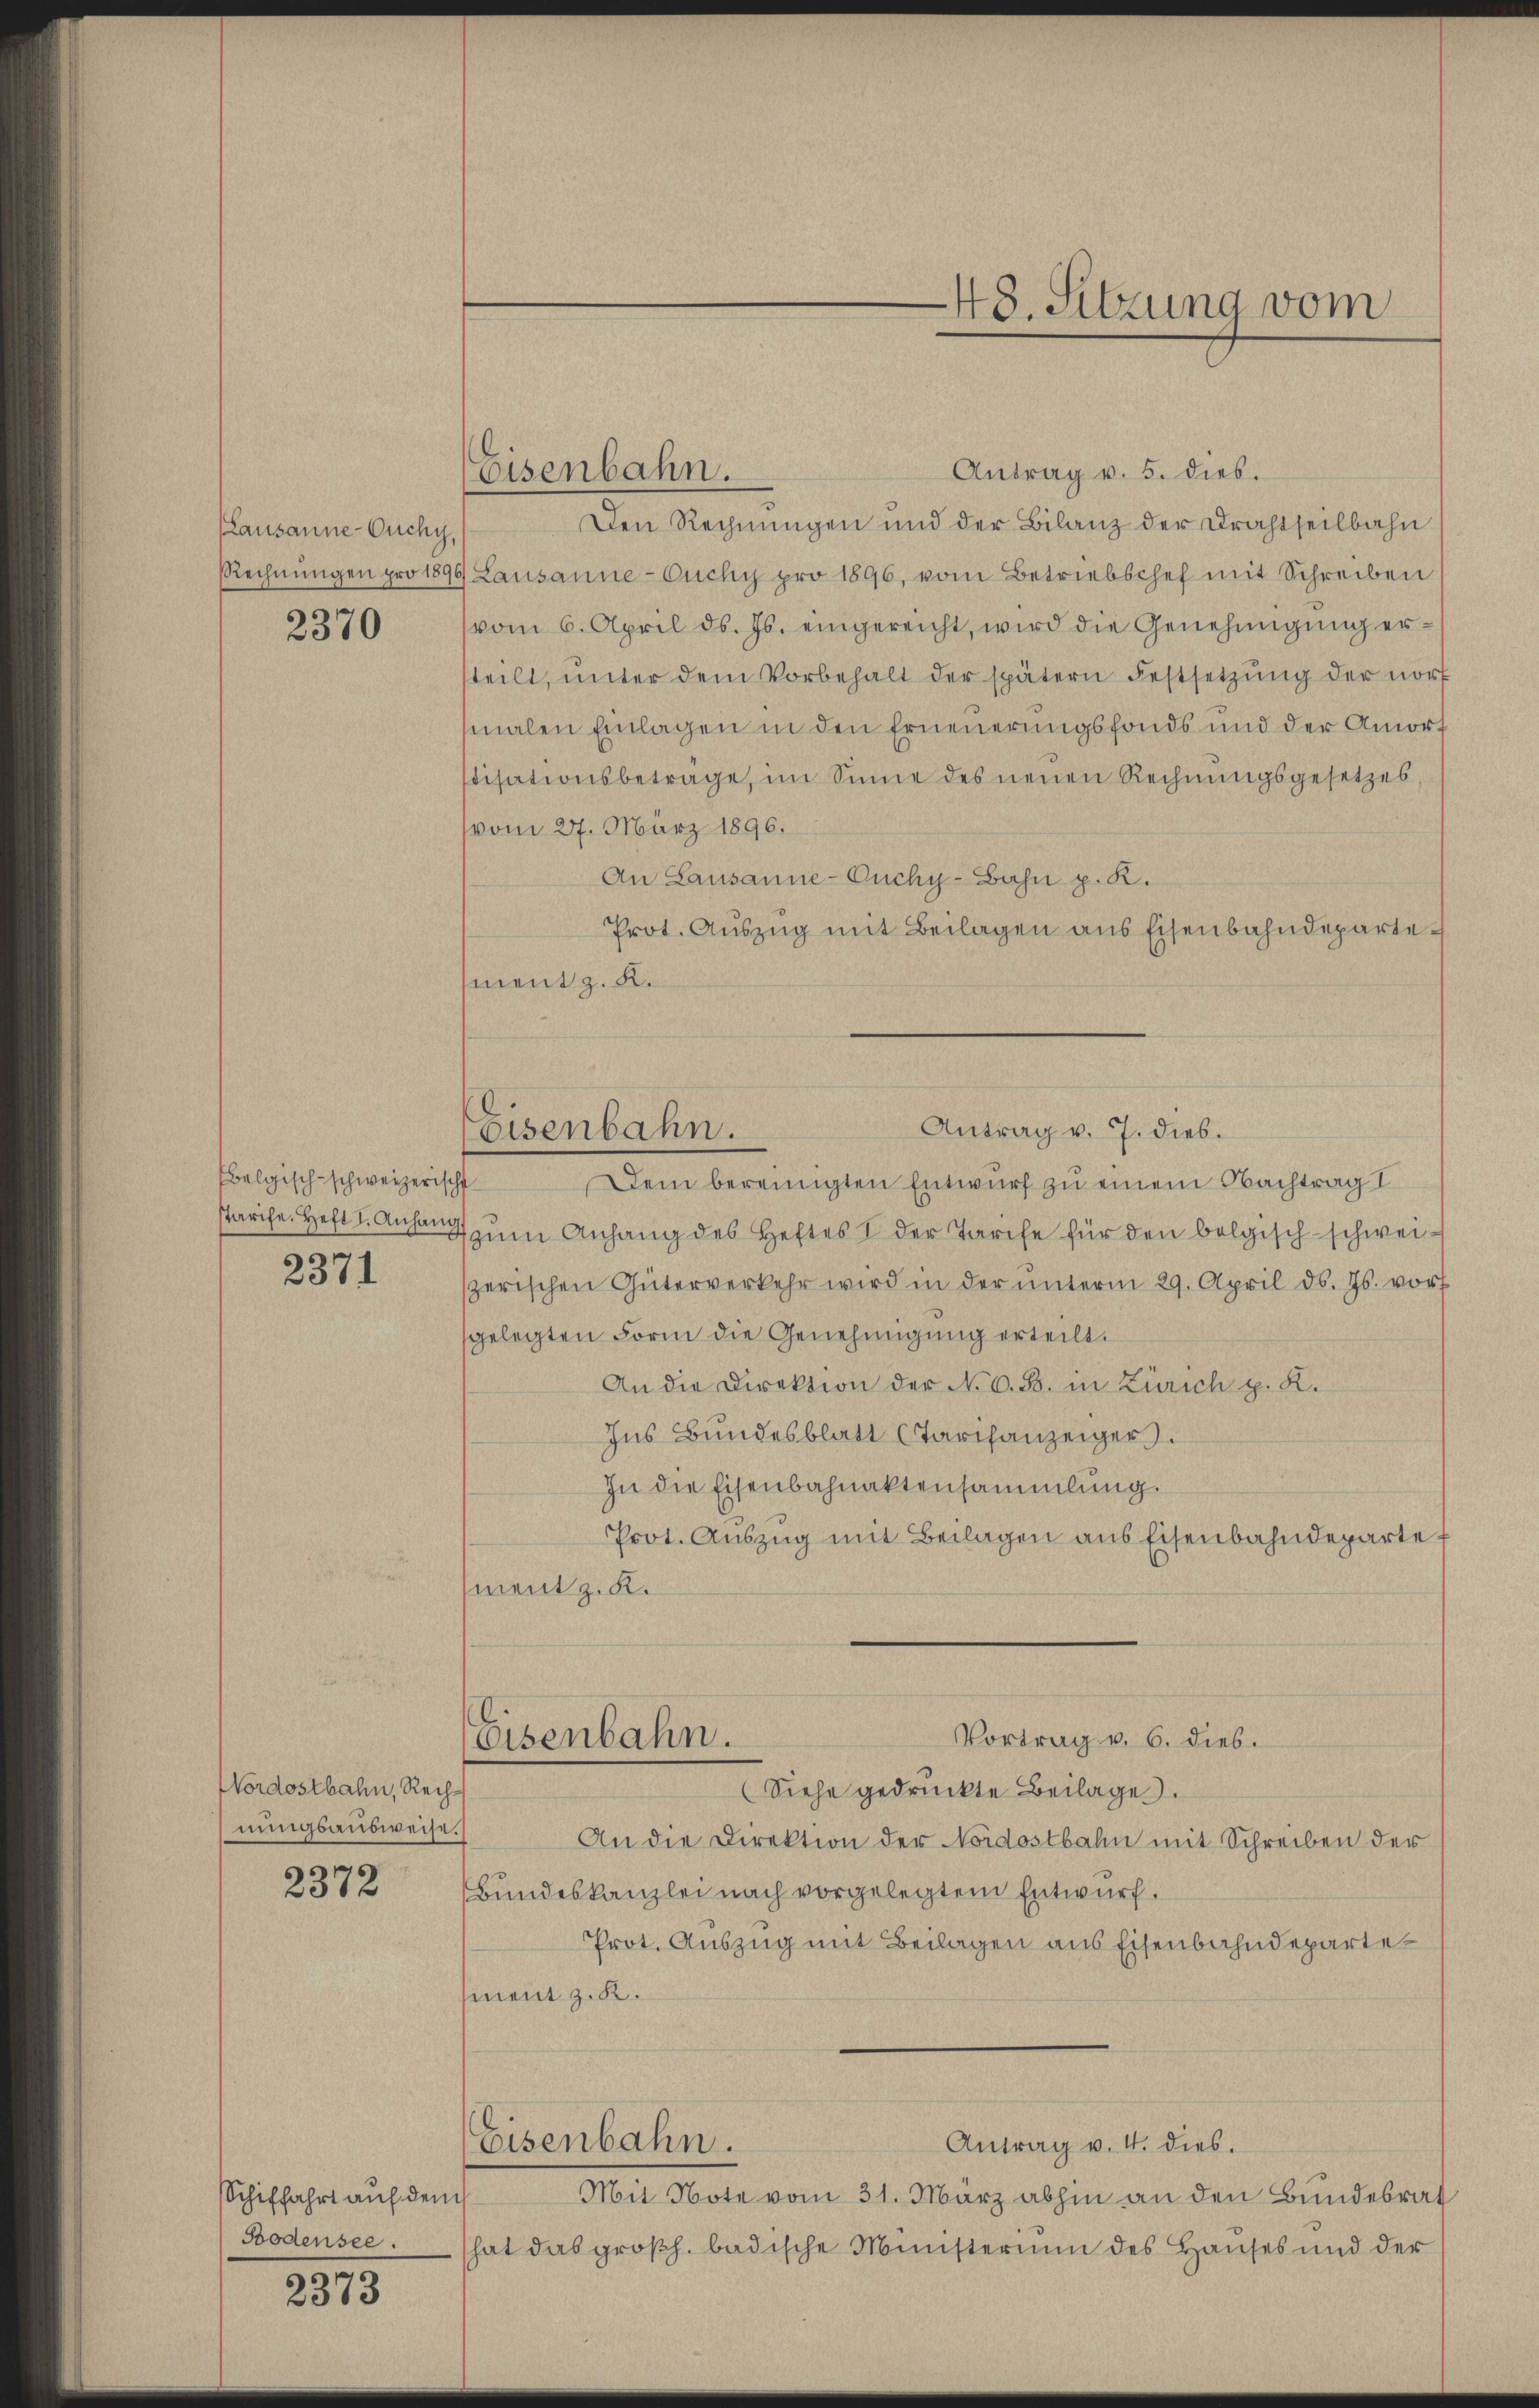
Lausanne-Ouchy,
2370

belgisch-schweizerische

2371

Nordostbahn, Rechhnungsausweise.

2372

Schiffahrt auf dem
Bodensee.

2373

Antrag v. 5. dies.
Den Rechnungen und der Bilanz der Drahtseilbahn
Rechnŭngen pro 1896 Lausanne-Cuchy pro 1896, vom Betriebschef mit Schreiben
vom 6. April ds. Js. eingereicht, wird die Genehmigŭng er-
steilt, unter dem Vorbehalt der spätern Festsetzŭng der nor
malen Einlagen in den Erneuerungsfonds und der Amort
stisationsbetrage, im Sinne des neuen Rechnŭngsgesetzes,
vom 27. März 1896.
An Lausanne-Ouchy-Bahn p. K.
Prot. Auszug mit Beilagen aus Eisenbahndepartement z. B.
Dem bereinigten Entwurf zu einem Nachtrag I
arihe. Heft I. Anhang zum Anhang des Heftes I der Tarife für den bolgisch schweiszerischen Güterverkehr wird in der ŭnterm 29. April d. Js. vor
gelegten Form die Genehmigung erteilt.
An die Direktion der No 6. B. in Zürich p. K.
Ins Bundesblatt (Tarifanzeigers.
In die Eisenbahnaktensammlung.
Prot. Auszug mit Beilagen aus Eisenbahndeparte f
ment z. K.
Vortrag v. 6. Dieb.
Eisenbahn.
(Siehe gedruckte Beilage.
An die Direktion der Nordostbahn mit Schreiben der
Bundeskanzlei nach vorgelegtem Entwurf.
Prot. Auszug mit Beilagen aus Eisenbahndepartement z. B.
Eisenbahn.
Antrag v. 4. dies.
Mit Note vom 31. März abhin an den Bundesrat
hat das großh. badische Ministerium des Hauses und der

Eisenbahn.

Antrag v. 7. dies.
Eisenbahn.

48. Sitzung vom